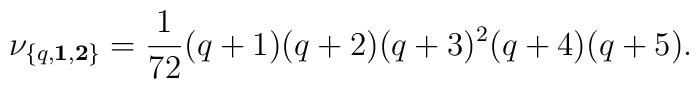
\nu_{\{q,{\bf 1},{\bf 2}\}} = {1\over 72}(q+1)(q+2)(q+3)^2(q+4)(q+5).